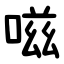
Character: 嗞